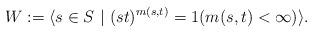
LaTeX: \begin{align*}W:=\langle s\in S\ |\ (st)^{m(s,t)}=1 (m(s,t)<\infty)\rangle.\end{align*}